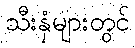
သီးနှံများတွင်